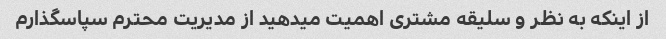
از اینکه به نظر و سلیقه مشتری اهمیت میدهید از مدیریت محترم سپاسگذارم